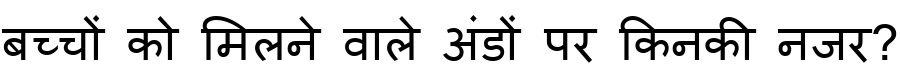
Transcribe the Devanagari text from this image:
बच्चों को मिलने वाले अंडों पर किनकी नजर?